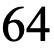
64